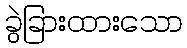
ခွဲခြားထားသော